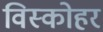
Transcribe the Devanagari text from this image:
विस्कोहर